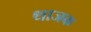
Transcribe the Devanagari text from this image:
थाजक